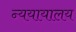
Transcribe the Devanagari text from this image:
न्ययायालय